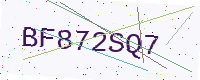
Text: BF872SQ7